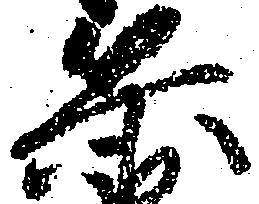
兵